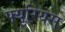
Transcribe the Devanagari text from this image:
फ्युरियस